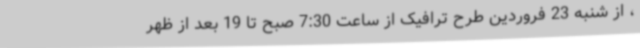
، از شنبه 23 فروردین طرح ترافیک از ساعت 7:30 صبح تا 19 بعد از ظهر